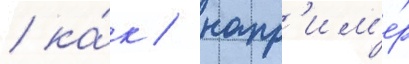
/ ка́к / напр'им'е́р